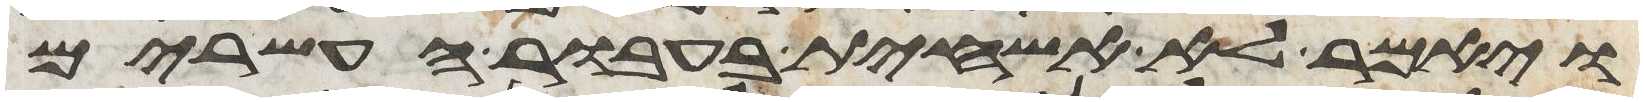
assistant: ויאמר לא אשחית בעבור העשרים